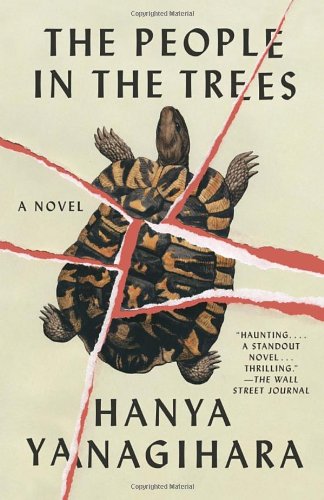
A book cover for The People in the Trees; Hanya Yanagihara; Literature & Fiction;